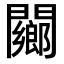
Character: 䦳